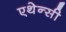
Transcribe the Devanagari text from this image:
एथेन्सी